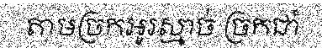
តាមច្រកអូរស្មាច់ ច្រកជាំ